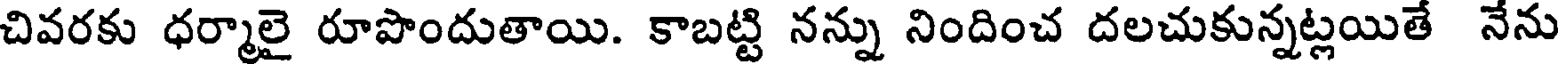
చివరకు ధర్మాలై రూపొందుతాయి. కాబట్టి నన్ను నిందించ దలచుకున్నట్లయితే నేను